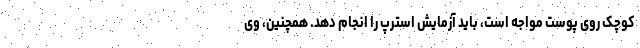
کوچک روی پوست مواجه است، باید آزمایش استرپ را انجام دهد. همچنین، وی